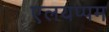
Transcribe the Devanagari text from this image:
एलयप्पम